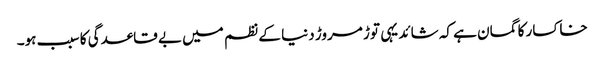
خاکسار کا گمان ہے کہ شائد یہی توڑ مروڑ دنیا کے نظم میں بے قاعدگی کا سبب ہو۔